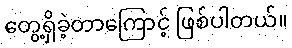
တွေ့ရှိခဲ့တာကြောင့် ဖြစ်ပါတယ်။